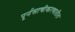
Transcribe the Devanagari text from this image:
पूर्नसाचीकरणातील